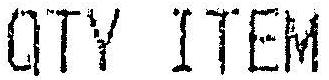
QTY ITEM